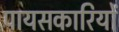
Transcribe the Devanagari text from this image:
पायसकारियों